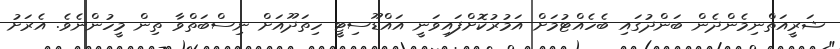
ޝަރީއަތްނިމެންދެން ބަންދުގައި ބެހެއްޓުމަށް އަމުރުކޮށްފައިވަނީ އައްޑޫސިޓީ ހިތަދޫއަށް ނިސްބަތްވާ ތިން މީހުންނެވެ. އެރަށު